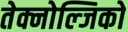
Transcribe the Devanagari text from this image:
तेक्नोल्जिको